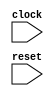
module NestedSubAccessTester(
    input clock,
    input reset
);
    wire _dut__foo_0;
    wire _dut__foo_1;
    wire _dut__foo_2;
    wire _dut__foo_3;
    wire [1:0] _dut__index;
    wire [3:0] _dut__out;
    NestedSubAccess dut (
        .foo_0(_dut__foo_0),
        .foo_1(_dut__foo_1),
        .foo_2(_dut__foo_2),
        .foo_3(_dut__foo_3),
        .index(_dut__index),
        .out(_dut__out)
    );
    assign _dut__foo_2 = 1'h1;
    assign _dut__index = 2'h2;
endmodule //NestedSubAccessTester
module NestedSubAccess(
    input foo_0,
    input foo_1,
    input foo_2,
    input foo_3,
    input [1:0] index,
    output [3:0] out
);
    wire [3:0] vec_0;
    wire [3:0] vec_1;
    wire _node_0;
    EQ_UNSIGNED #(.width(2)) u_eq_1 (
        .y(_node_0),
        .a(2'd0),
        .b(index)
    );
    wire _node_1;
    assign _node_1 = foo_0;
    wire _node_2;
    EQ_UNSIGNED #(.width(2)) u_eq_2 (
        .y(_node_2),
        .a(2'd1),
        .b(index)
    );
    wire _node_3;
    MUX_UNSIGNED #(.width(1)) u_mux_3 (
        .y(_node_3),
        .sel(_node_2),
        .a(foo_1),
        .b(_node_1)
    );
    wire _node_4;
    EQ_UNSIGNED #(.width(2)) u_eq_4 (
        .y(_node_4),
        .a(2'd2),
        .b(index)
    );
    wire _node_5;
    MUX_UNSIGNED #(.width(1)) u_mux_5 (
        .y(_node_5),
        .sel(_node_4),
        .a(foo_2),
        .b(_node_3)
    );
    wire _node_6;
    EQ_UNSIGNED #(.width(2)) u_eq_6 (
        .y(_node_6),
        .a(2'd3),
        .b(index)
    );
    wire _node_7;
    MUX_UNSIGNED #(.width(1)) u_mux_7 (
        .y(_node_7),
        .sel(_node_6),
        .a(foo_3),
        .b(_node_5)
    );
    wire _node_8;
    EQ_UNSIGNED #(.width(1)) u_eq_8 (
        .y(_node_8),
        .a(1'd0),
        .b(_node_7)
    );
    wire [3:0] _node_9;
    assign _node_9 = vec_0;
    wire _node_10;
    EQ_UNSIGNED #(.width(1)) u_eq_9 (
        .y(_node_10),
        .a(1'd1),
        .b(_node_7)
    );
    wire [3:0] _node_11;
    MUX_UNSIGNED #(.width(4)) u_mux_10 (
        .y(_node_11),
        .sel(_node_10),
        .a(vec_1),
        .b(_node_9)
    );
    assign out = _node_11;
    PAD_UNSIGNED #(.width(2), .n(4)) u_pad_11 (
        .y(vec_0),
        .in(2'h3)
    );
    PAD_UNSIGNED #(.width(3), .n(4)) u_pad_12 (
        .y(vec_1),
        .in(3'h4)
    );
endmodule //NestedSubAccess
module EQ_UNSIGNED(y, a, b);
    parameter width = 4;
    output y;
    input [width-1:0] a;
    input [width-1:0] b;
    assign y = a == b;
endmodule // EQ_UNSIGNED
module MUX_UNSIGNED(y, sel, a, b);
    parameter width = 4;
    output [width-1:0] y;
    input sel;
    input [width-1:0] a;
    input [width-1:0] b;
    assign y = sel ? a : b;
endmodule // MUX_UNSIGNED
module PAD_UNSIGNED(y, in);
    parameter width = 4;
    parameter n = 4;
    output [(n > width ? n : width)-1:0] y;
    input [width-1:0] in;
    assign y = (n > width) ? {{(n - width){1'b0}}, in} : in;
endmodule // PAD_UNSIGNED